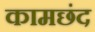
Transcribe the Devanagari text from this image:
कामछंद